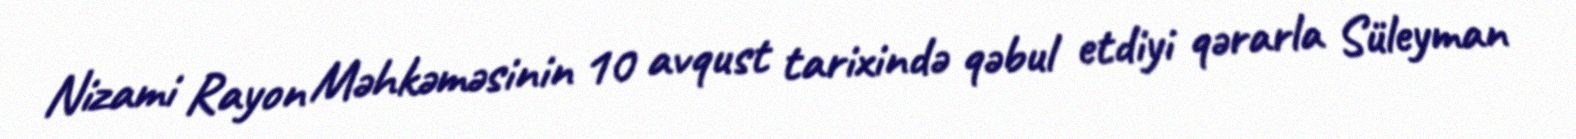
Nizami Rayon Məhkəməsinin 10 avqust tarixində qəbul etdiyi qərarla Süleyman